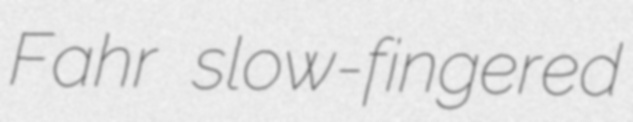
Fahr slow-fingered